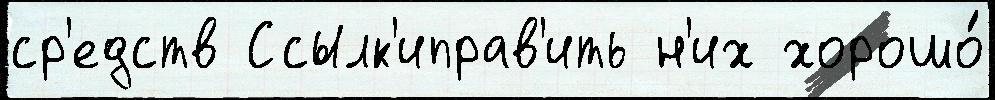
ср'едств Ссылк'иправ'ить н'их хорошо́